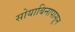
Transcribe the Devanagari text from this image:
सोयाबिनापासून